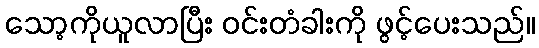
သော့ကိုယူလာပြီး ဝင်းတံခါးကို ဖွင့်ပေးသည်။